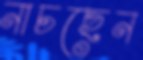
নাচছেন